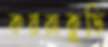
কয়রাকুড়ি